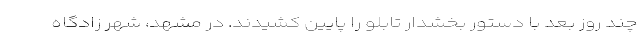
چند روز بعد با دستور بخشدار تابلو را پایین کشیدند. در مشهد، شهر زادگاه